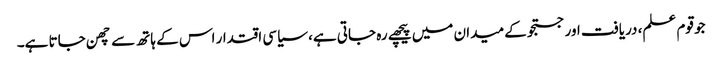
جو قوم علم، دریافت اور جستجو کے میدان میں پیچھے رہ جاتی ہے، سیاسی اقتدار اس کے ہاتھ سے چھن جاتا ہے۔